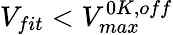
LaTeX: V_{fit}<V_{max}^{0K,off}